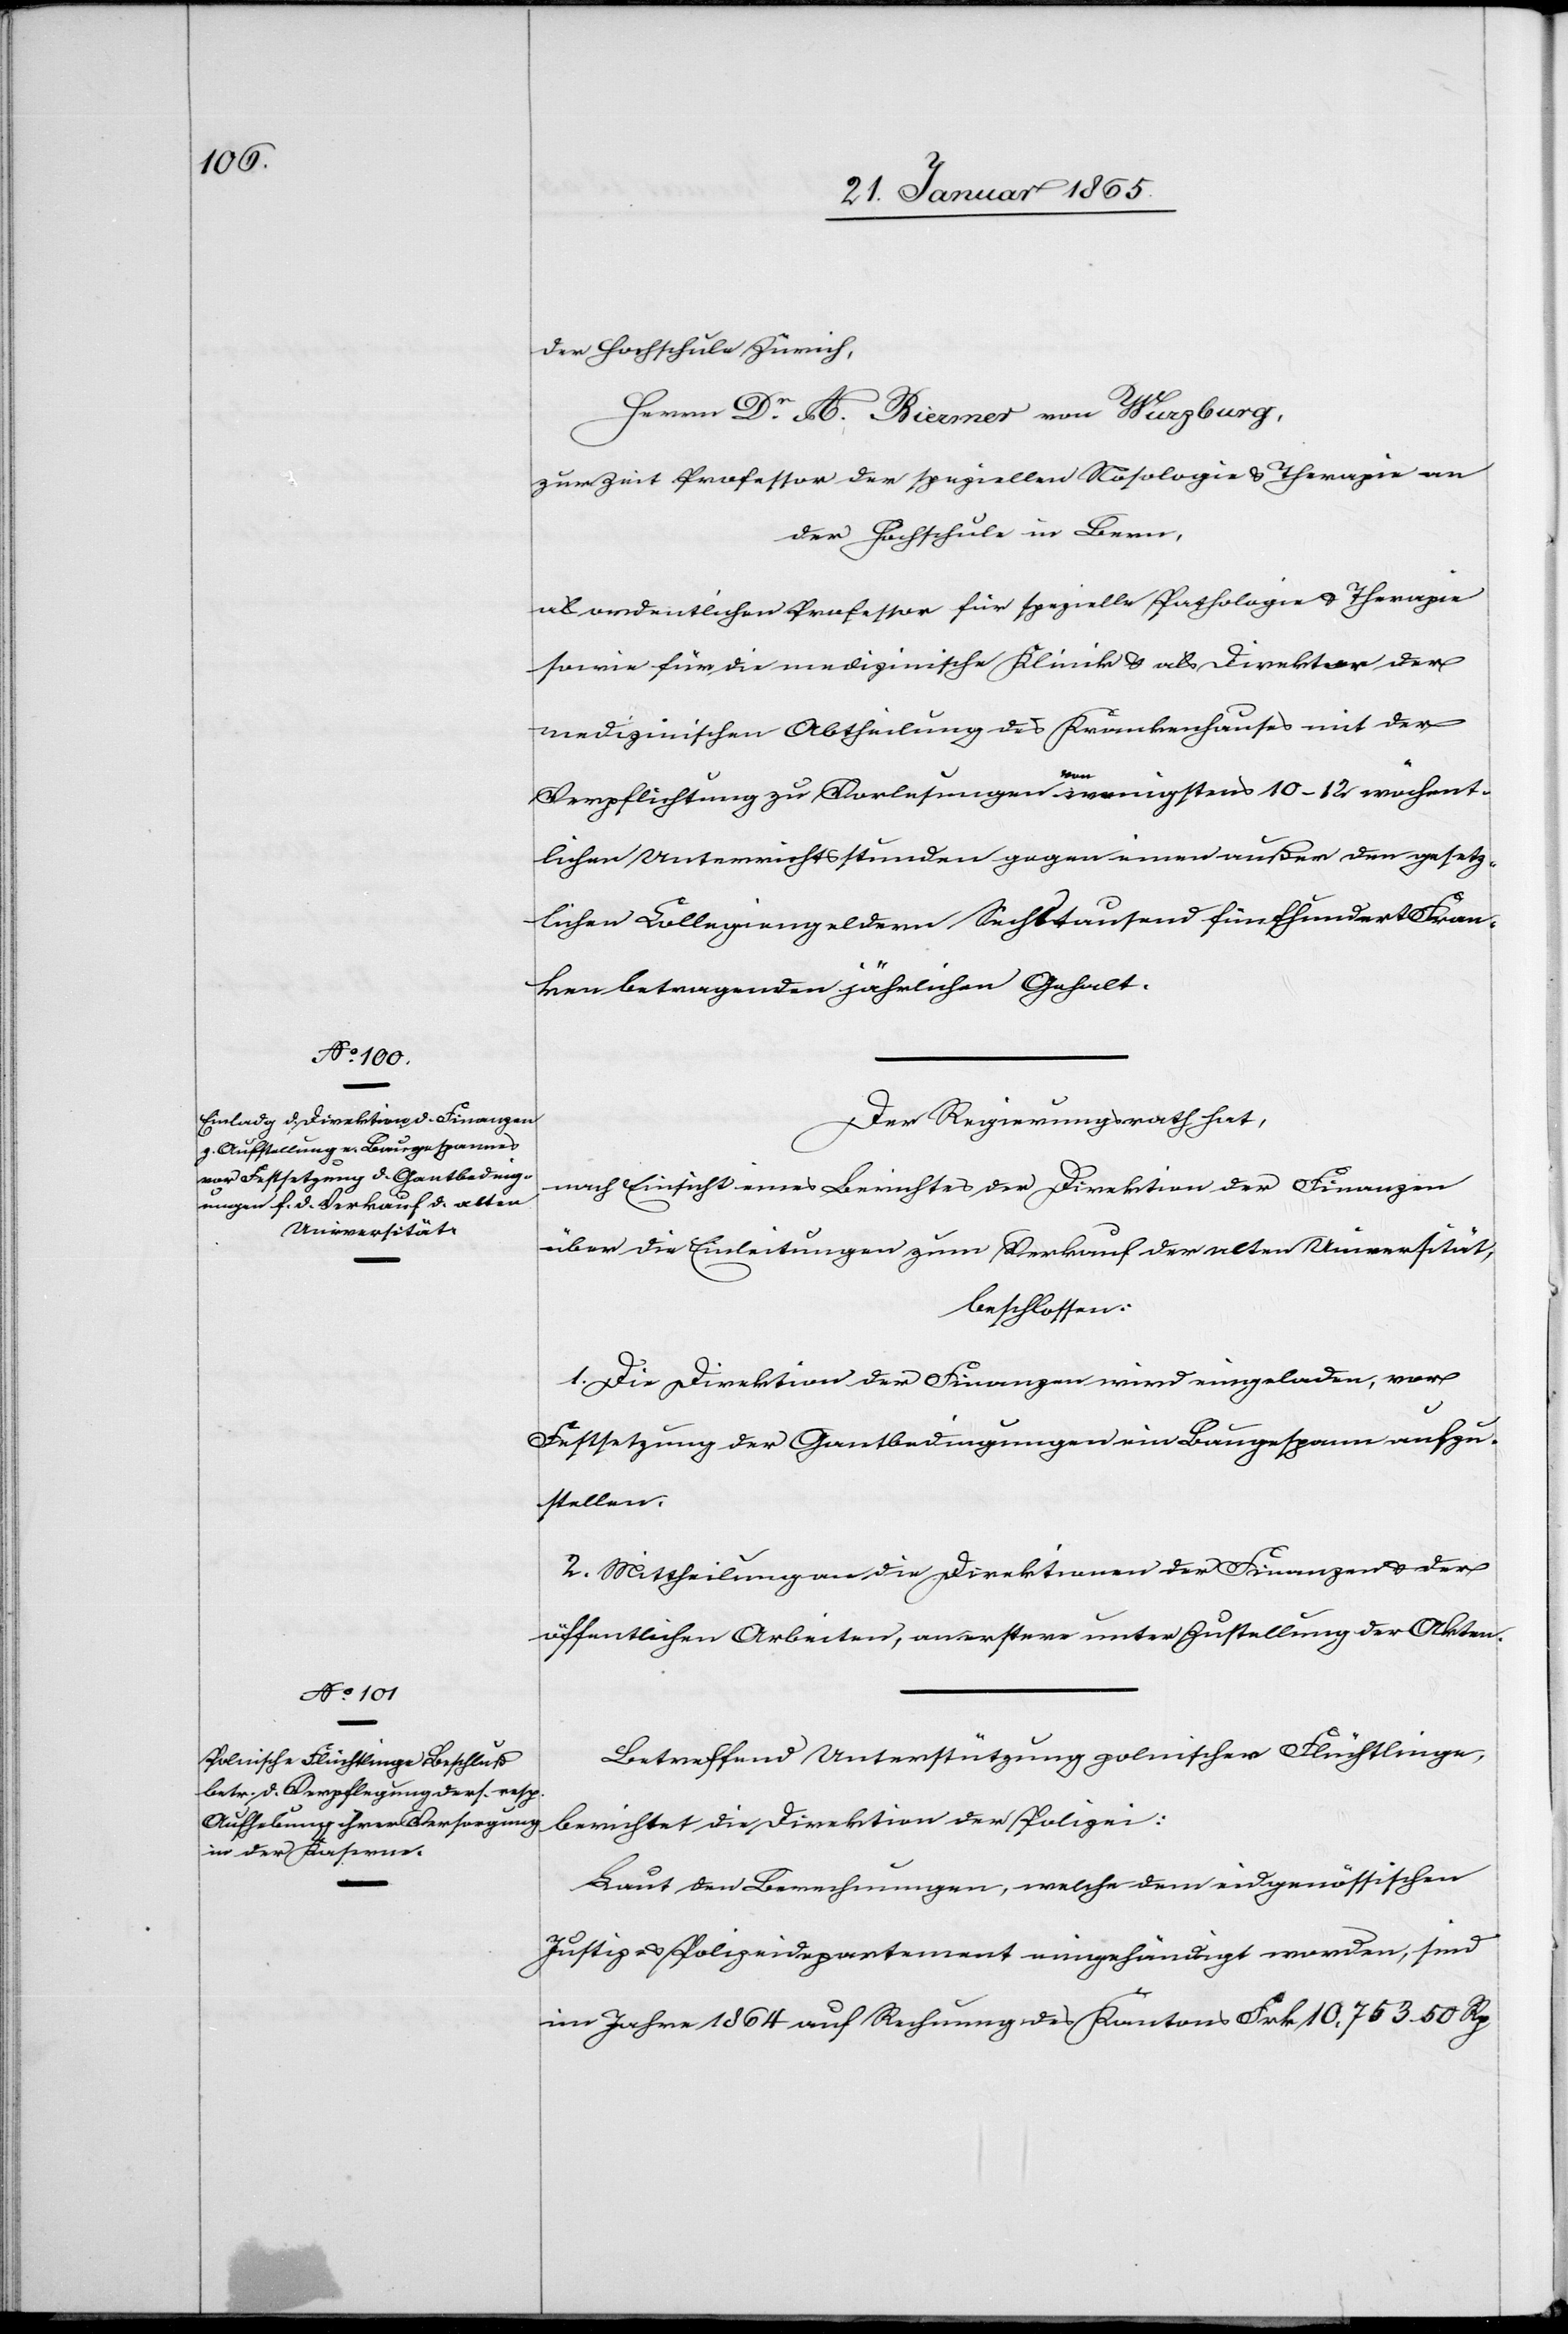
der Hochschule Zürich,
Herrn Dr A. Biermer von Würzburg,
zur Zeit Professor der speziellen Nosologie u. Therapie an
der Hochschule in Bern,
als ordentlichen Professor für spezielle Pathologie u. Therapie
sowie für die medizinische Klinik u. als Direktor der
medizinischen Abtheilung des Krankenhauses mit der
Verpflichtung zu Vorlesungen von wenigstens 10–12 wöchent¬
lichen Unterrichtsstunden gegen einen außer den gesetz¬
lichen Collegiengeldern Sechstausendfünfhundert Fran¬
ken betragenden jährlichen Gehalt.
Der Regierungsrath hat,
nach Einsicht eines Berichtes der Direktion der Finanzen
über die Einleitungen zum Verkauf der alten Universität,
beschlossen:
1. Die Direktion der Finanzen wird eingeladen, vor
Festsetzung der Gantbedingungen ein Baugespann aufzu¬
stellen.
2. Mittheilung an die Direktion der Finanzen u. der
öffentlichen Arbeiten, an erster unter Zustellung der Akten.
Betreffend Unterstützung polnischer Flüchtlinge,
berichtet die Direktion der Polizei:
Laut den Berechnungen, welche dem eidgenössischen
Justiz- u. Polizeidepartement eingehändigt worden, sind
im Jahre 1864 auf Rechnung des Kantons Frk 10,753. 50 Rp